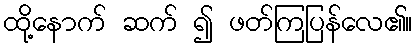
ထို့နောက် ဆက် ၍ ဖတ်ကြပြန်လေ၏။